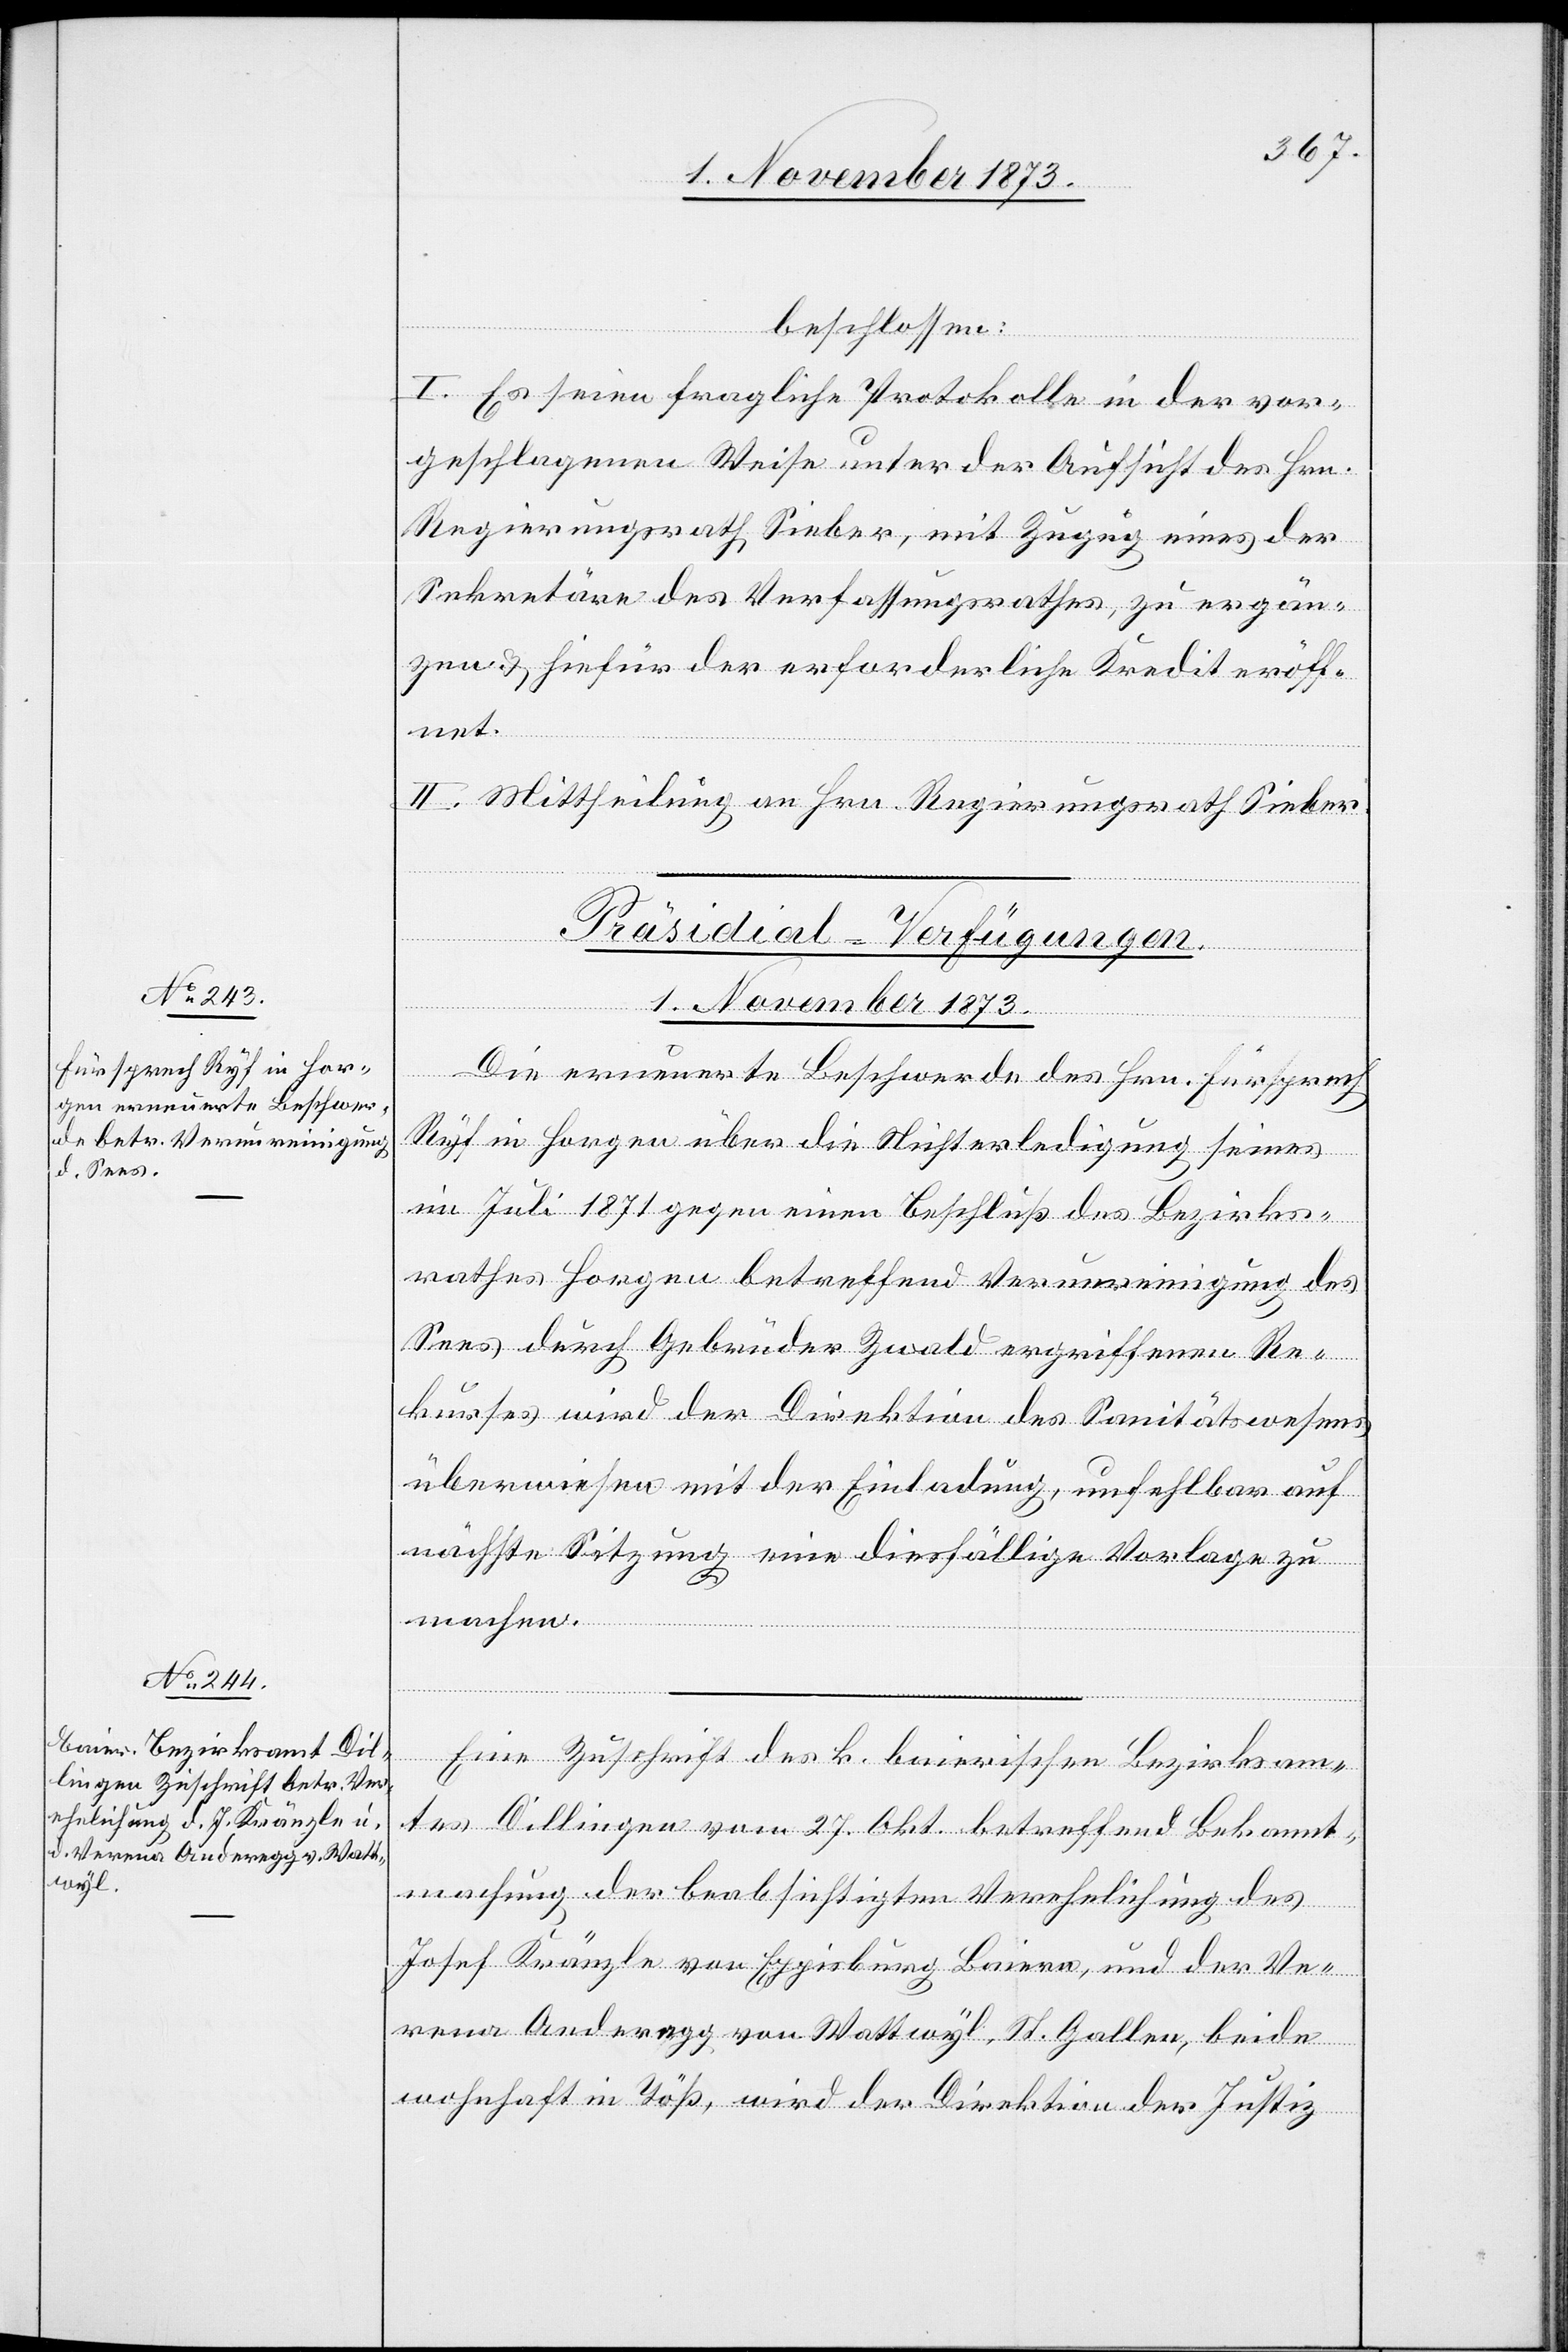
1. November 1873.]
beschlossen:
I. Es seien fragliche Protokolle in der vor¬
geschlagenen Weise unter der Aufsicht des Hrn.
Regierungsrath Sieber, mit Zugug [recte:
Sekretäre des Verfassungsrathes, zu ergän¬
zen & hiefür der erforderliche Kredit eröff¬
net.
II. Mittheilung an Hrn. Regierungsrath Sieber.
[Präsidial-Verfügungen.
der
Die erneuerte Beschwerde des Hrn. Fürsprech
Ryf in Horgen über die Nichterledigung seines
im Juli 1871 gegen einen Beschluß des Bezirks¬
rathes Horgen betreffend Verunreinigung des
Sees durch Gebrüder Zwald ergriffenen Re¬
kurses wird der Direktion des Sanitätswesens
überwiesen mit der Einladung, unfehlbar auf
nächste Sitzung eine diesfällige Vorlage zu
machen.
Eine Zuschrift des k. baierischen Bezirksam¬
tes Dillingen vom 27. Okt. betreffend Bekannt¬
machung der beabsichtigten Verehelichung des
Josef Kränzle von Eggisburg Baiern, und der Ve¬
rena Anderegg von Wattwyl, St. Gallen, beide
wohnhaft in Töß, wird der Direktion der Justiz